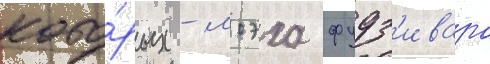
кото́рых - моэха фудз'ивара